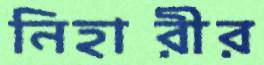
নিহারীর